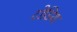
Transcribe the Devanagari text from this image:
टोडिया